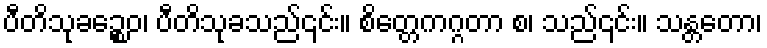
ပီတိသုခဉ္စေဝ၊ ပီတိသုခသည်၎င်း။ စိတ္တေကဂ္ဂတာ စ၊ သည်၎င်း။ သန္တတော၊